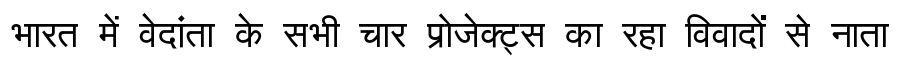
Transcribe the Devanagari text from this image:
भारत में वेदांता के सभी चार प्रोजेक्ट्स का रहा विवादों से नाता